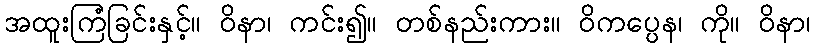
အထူးကြံခြင်းနှင့်။ ဝိနာ၊ ကင်း၍။ တစ်နည်းကား။ ဝိကပ္ပေန၊ ကို။ ဝိနာ၊